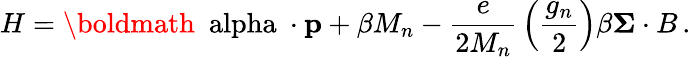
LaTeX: H=\mathrm{\boldmath~\ alpha~}\cdot{\mathbf p}+\beta M_{n}-{\frac{e}{2M_{n}}}\left({\frac{g_{n}}{2}}\right)\beta{\mathbf\Sigma\cdot B}\, .